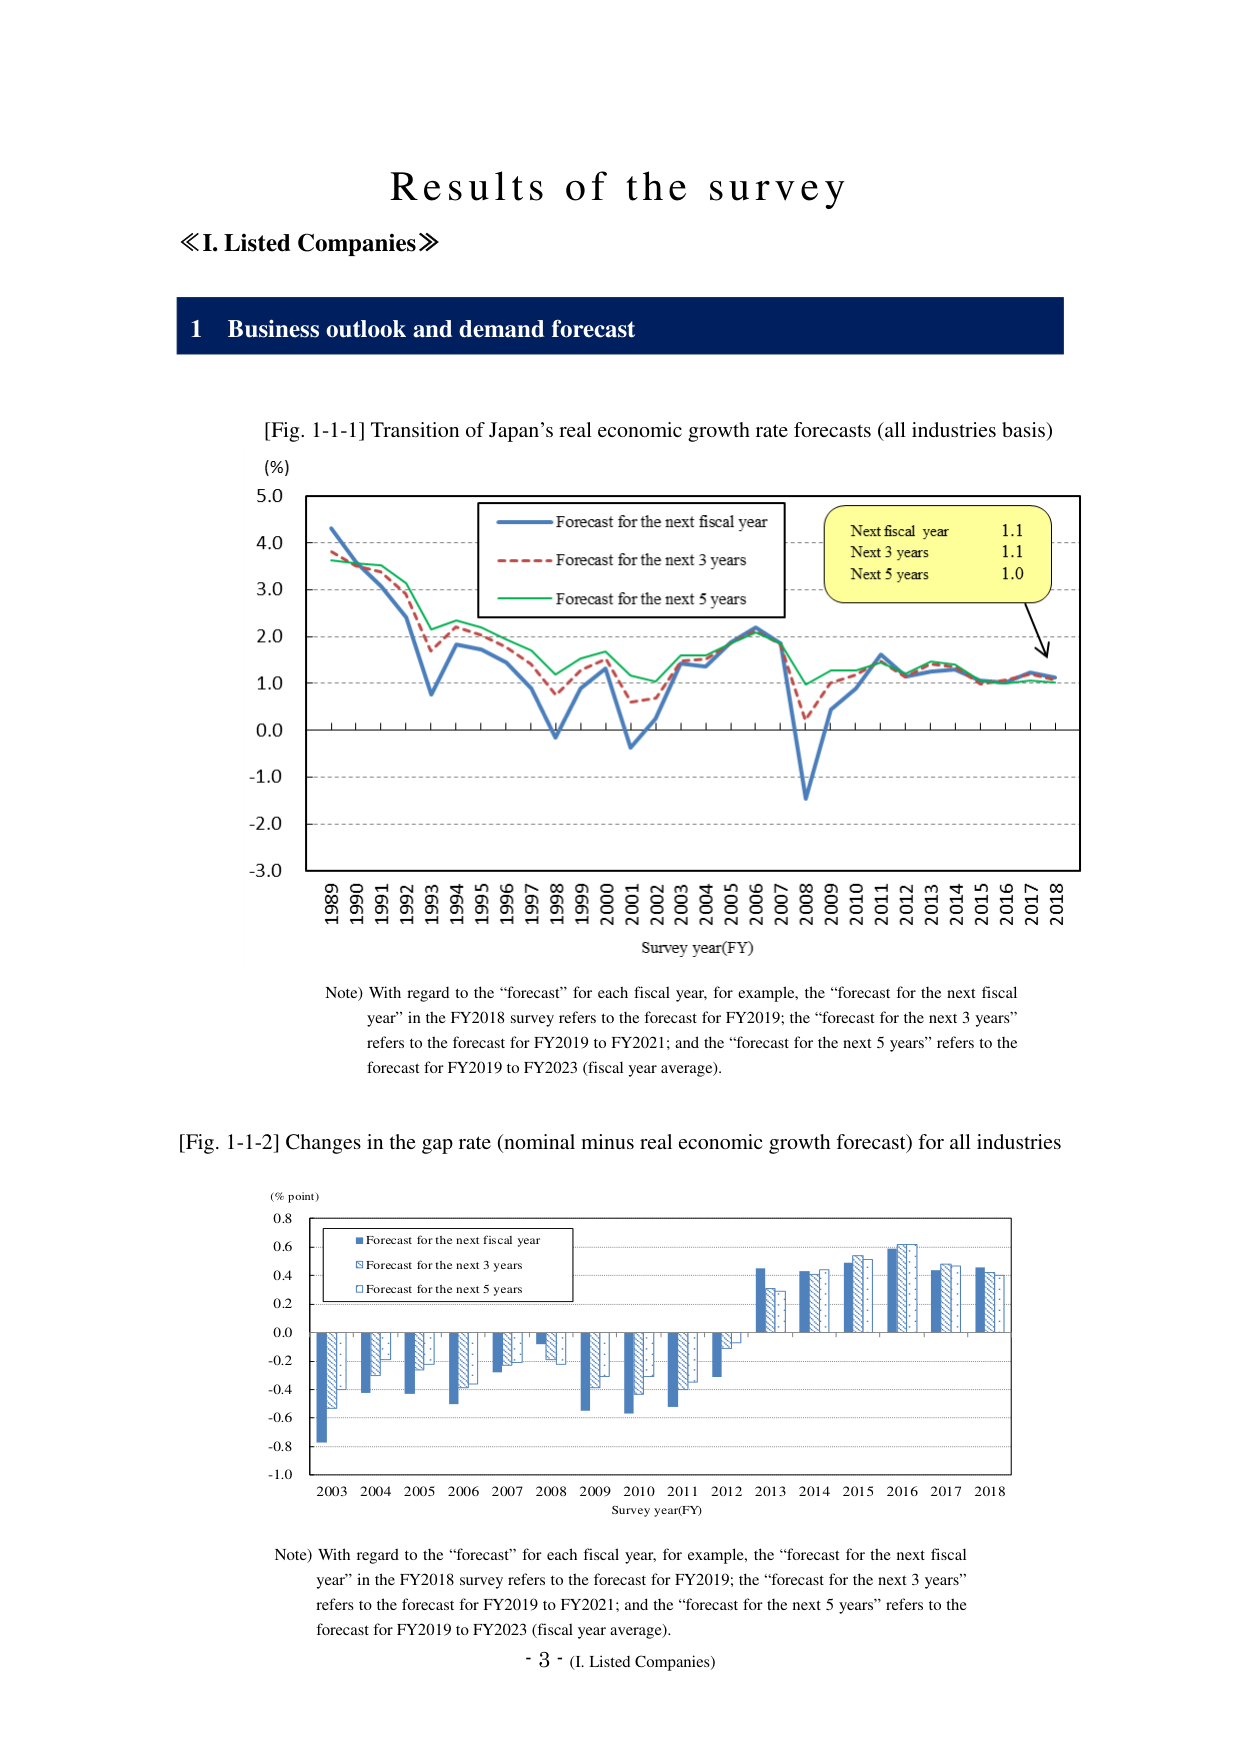
Results of the survey
≪I. Listed Companies≫

1 Business outlook and demand forecast

[Fig. 1-1-1] Transition of Japan’s real economic growth rate forecasts (all industries basis)
(%)
5.0
4.0
3.0
2.0
1.0
0.0
-1.0
-2.0
-3.0
1989 1990 1991 1992 1993 1994 1995 1996 1997 1998 1999 2000 2001 2002 2003 2004 2005 2006 2007 2008 2009 2010 2011 2012 2013 2014 2015 2016 2017 2018
Survey year(FY)

Legend:
- Blue solid line: Forecast for the next fiscal year
- Red dashed line: Forecast for the next 3 years
- Green solid line: Forecast for the next 5 years

Yellow box:
Next fiscal year 1.1
Next 3 years 1.1
Next 5 years 1.0

Note) With regard to the “forecast” for each fiscal year, for example, the “forecast for the next fiscal year” in the FY2018 survey refers to the forecast for FY2019; the “forecast for the next 3 years” refers to the forecast for FY2019 to FY2021; and the “forecast for the next 5 years” refers to the forecast for FY2019 to FY2023 (fiscal year average).

[Fig. 1-1-2] Changes in the gap rate (nominal minus real economic growth forecast) for all industries
(% point)
0.8
0.6
0.4
0.2
0.0
-0.2
-0.4
-0.6
-0.8
-1.0
2003 2004 2005 2006 2007 2008 2009 2010 2011 2012 2013 2014 2015 2016 2017 2018
Survey year(FY)

Legend:
- Blue solid bar: Forecast for the next fiscal year
- Blue bar with diagonal lines: Forecast for the next 3 years
- Blue bar with crosshatch: Forecast for the next 5 years

Note) With regard to the “forecast” for each fiscal year, for example, the “forecast for the next fiscal year” in the FY2018 survey refers to the forecast for FY2019; the “forecast for the next 3 years” refers to the forecast for FY2019 to FY2021; and the “forecast for the next 5 years” refers to the forecast for FY2019 to FY2023 (fiscal year average).

- 3 - (I. Listed Companies)